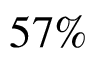
5 7 \%